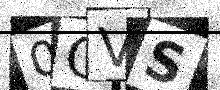
Text: 0OVS